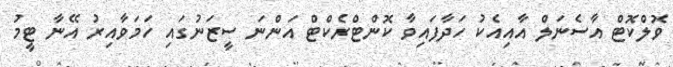
ވޮލްކޮޓް އާސެނަލް އާއިއެކު ހަދާފައިވާ ކޮންޓްރެކްޓް އަންނަ ސީޒަނުގައި ހަމަވާއިރު އޭނާ ޓީމު